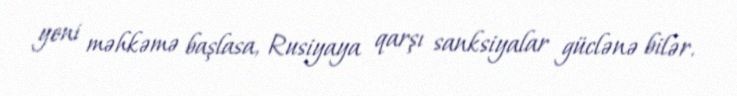
yeni məhkəmə başlasa, Rusiyaya qarşı sanksiyalar güclənə bilər.